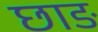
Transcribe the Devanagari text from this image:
छाङ